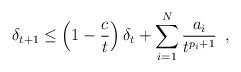
LaTeX: \begin{align*} \delta_{t+1} \leq \left(1 - \frac{c}{t} \right)\delta_{t} + \sum_{i=1}^{N}\frac{a_{i}}{t^{p_{i}+1}}\enspace, \end{align*}